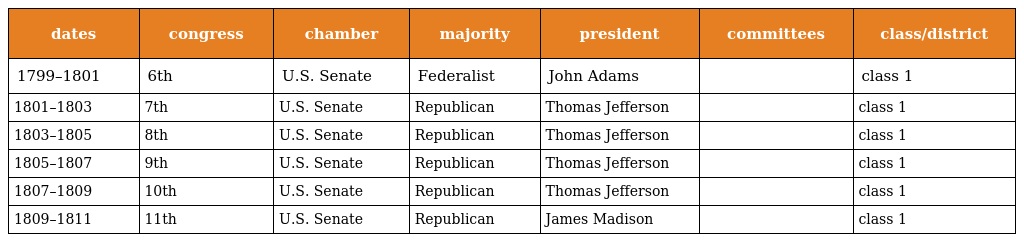
| dates | congress | chamber | majority | president | committees | class/district |
 | --- | --- | --- | --- | --- | --- | --- |
 | 1799–1801 | 6th | U.S. Senate | Federalist | John Adams |  | class 1 |
 | 1801–1803 | 7th | U.S. Senate | Republican | Thomas Jefferson |  | class 1 |
 | 1803–1805 | 8th | U.S. Senate | Republican | Thomas Jefferson |  | class 1 |
 | 1805–1807 | 9th | U.S. Senate | Republican | Thomas Jefferson |  | class 1 |
 | 1807–1809 | 10th | U.S. Senate | Republican | Thomas Jefferson |  | class 1 |
 | 1809–1811 | 11th | U.S. Senate | Republican | James Madison |  | class 1 |